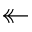
\twoheadleftarrow